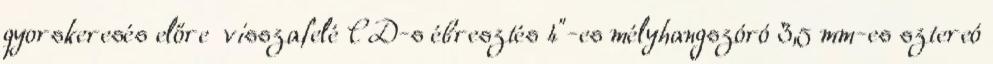
gyorskeresés előre visszafelé CD-s ébresztés 4"-es mélyhangszóró 3,5 mm-es sztereó